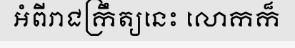
អំពីរាជក្រឹត្យនេះ លោកក៏